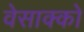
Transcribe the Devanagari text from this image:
वेसाक्को